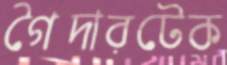
গৈদারটেক